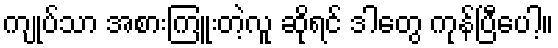
ကျုပ်သာ အစားကြူးတဲ့လူ ဆိုရင် ဒါတွေ ကုန်ပြီပေါ့။